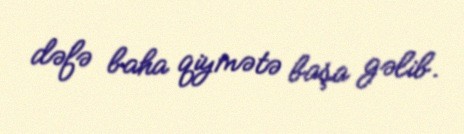
dəfə baha qiymətə başa gəlib.